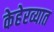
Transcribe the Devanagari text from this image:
केहेरव्यात